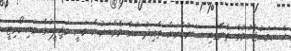
އެ ހަމަނުޖެހުމުގެ ތެރޭގައި ސަރުކާރަށް ތާއިދު ކުރާ މެމްބަރުން ވަނީ މަޖިލީހުގެ މައިނޯރިޓީ